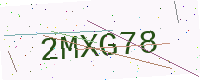
Text: 2MXG78